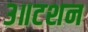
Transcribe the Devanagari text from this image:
३॥टशन